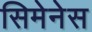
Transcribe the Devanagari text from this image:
सिमेनेस